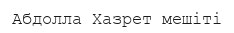
Абдолла Хазрет мешіті